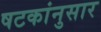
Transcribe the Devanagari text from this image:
षटकांनुसार